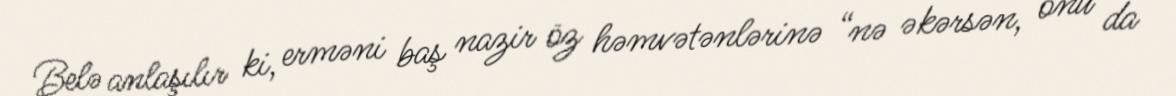
Belə anlaşılır ki, erməni baş nazir öz həmvətənlərinə “nə əkərsən, onu da